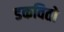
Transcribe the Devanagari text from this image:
डकवितो